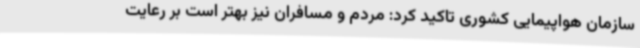
سازمان هواپیمایی کشوری تاکید کرد: مردم و مسافران نیز بهتر است بر رعایت